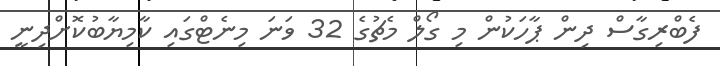
ފެބްރިގާސް ދިން ޕާހަކުން މި ގޯލް މެޗުގެ 32 ވަަނަ މިނެޓްގައި ކާމިޔާބުކޮށްދިނީ